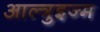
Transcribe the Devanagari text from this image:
आल्त्रुइज्म